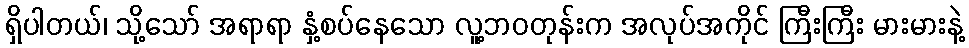
ရှိပါတယ်၊ သို့သော် အရာရာ နှံ့စပ်နေသော လူ့ဘဝတုန်းက အလုပ်အကိုင် ကြီးကြီး မားမားနဲ့